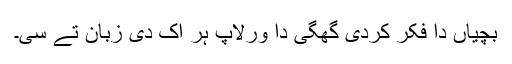
بچیاں دا فکر کردی گُھگی دا ورلاپ ہر اک دی زبان تے سی۔